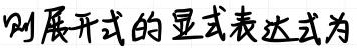
则展开式的显式表达式为